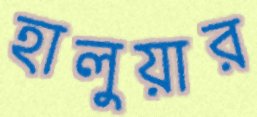
হালুয়ার